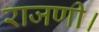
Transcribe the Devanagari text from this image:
राजणी।